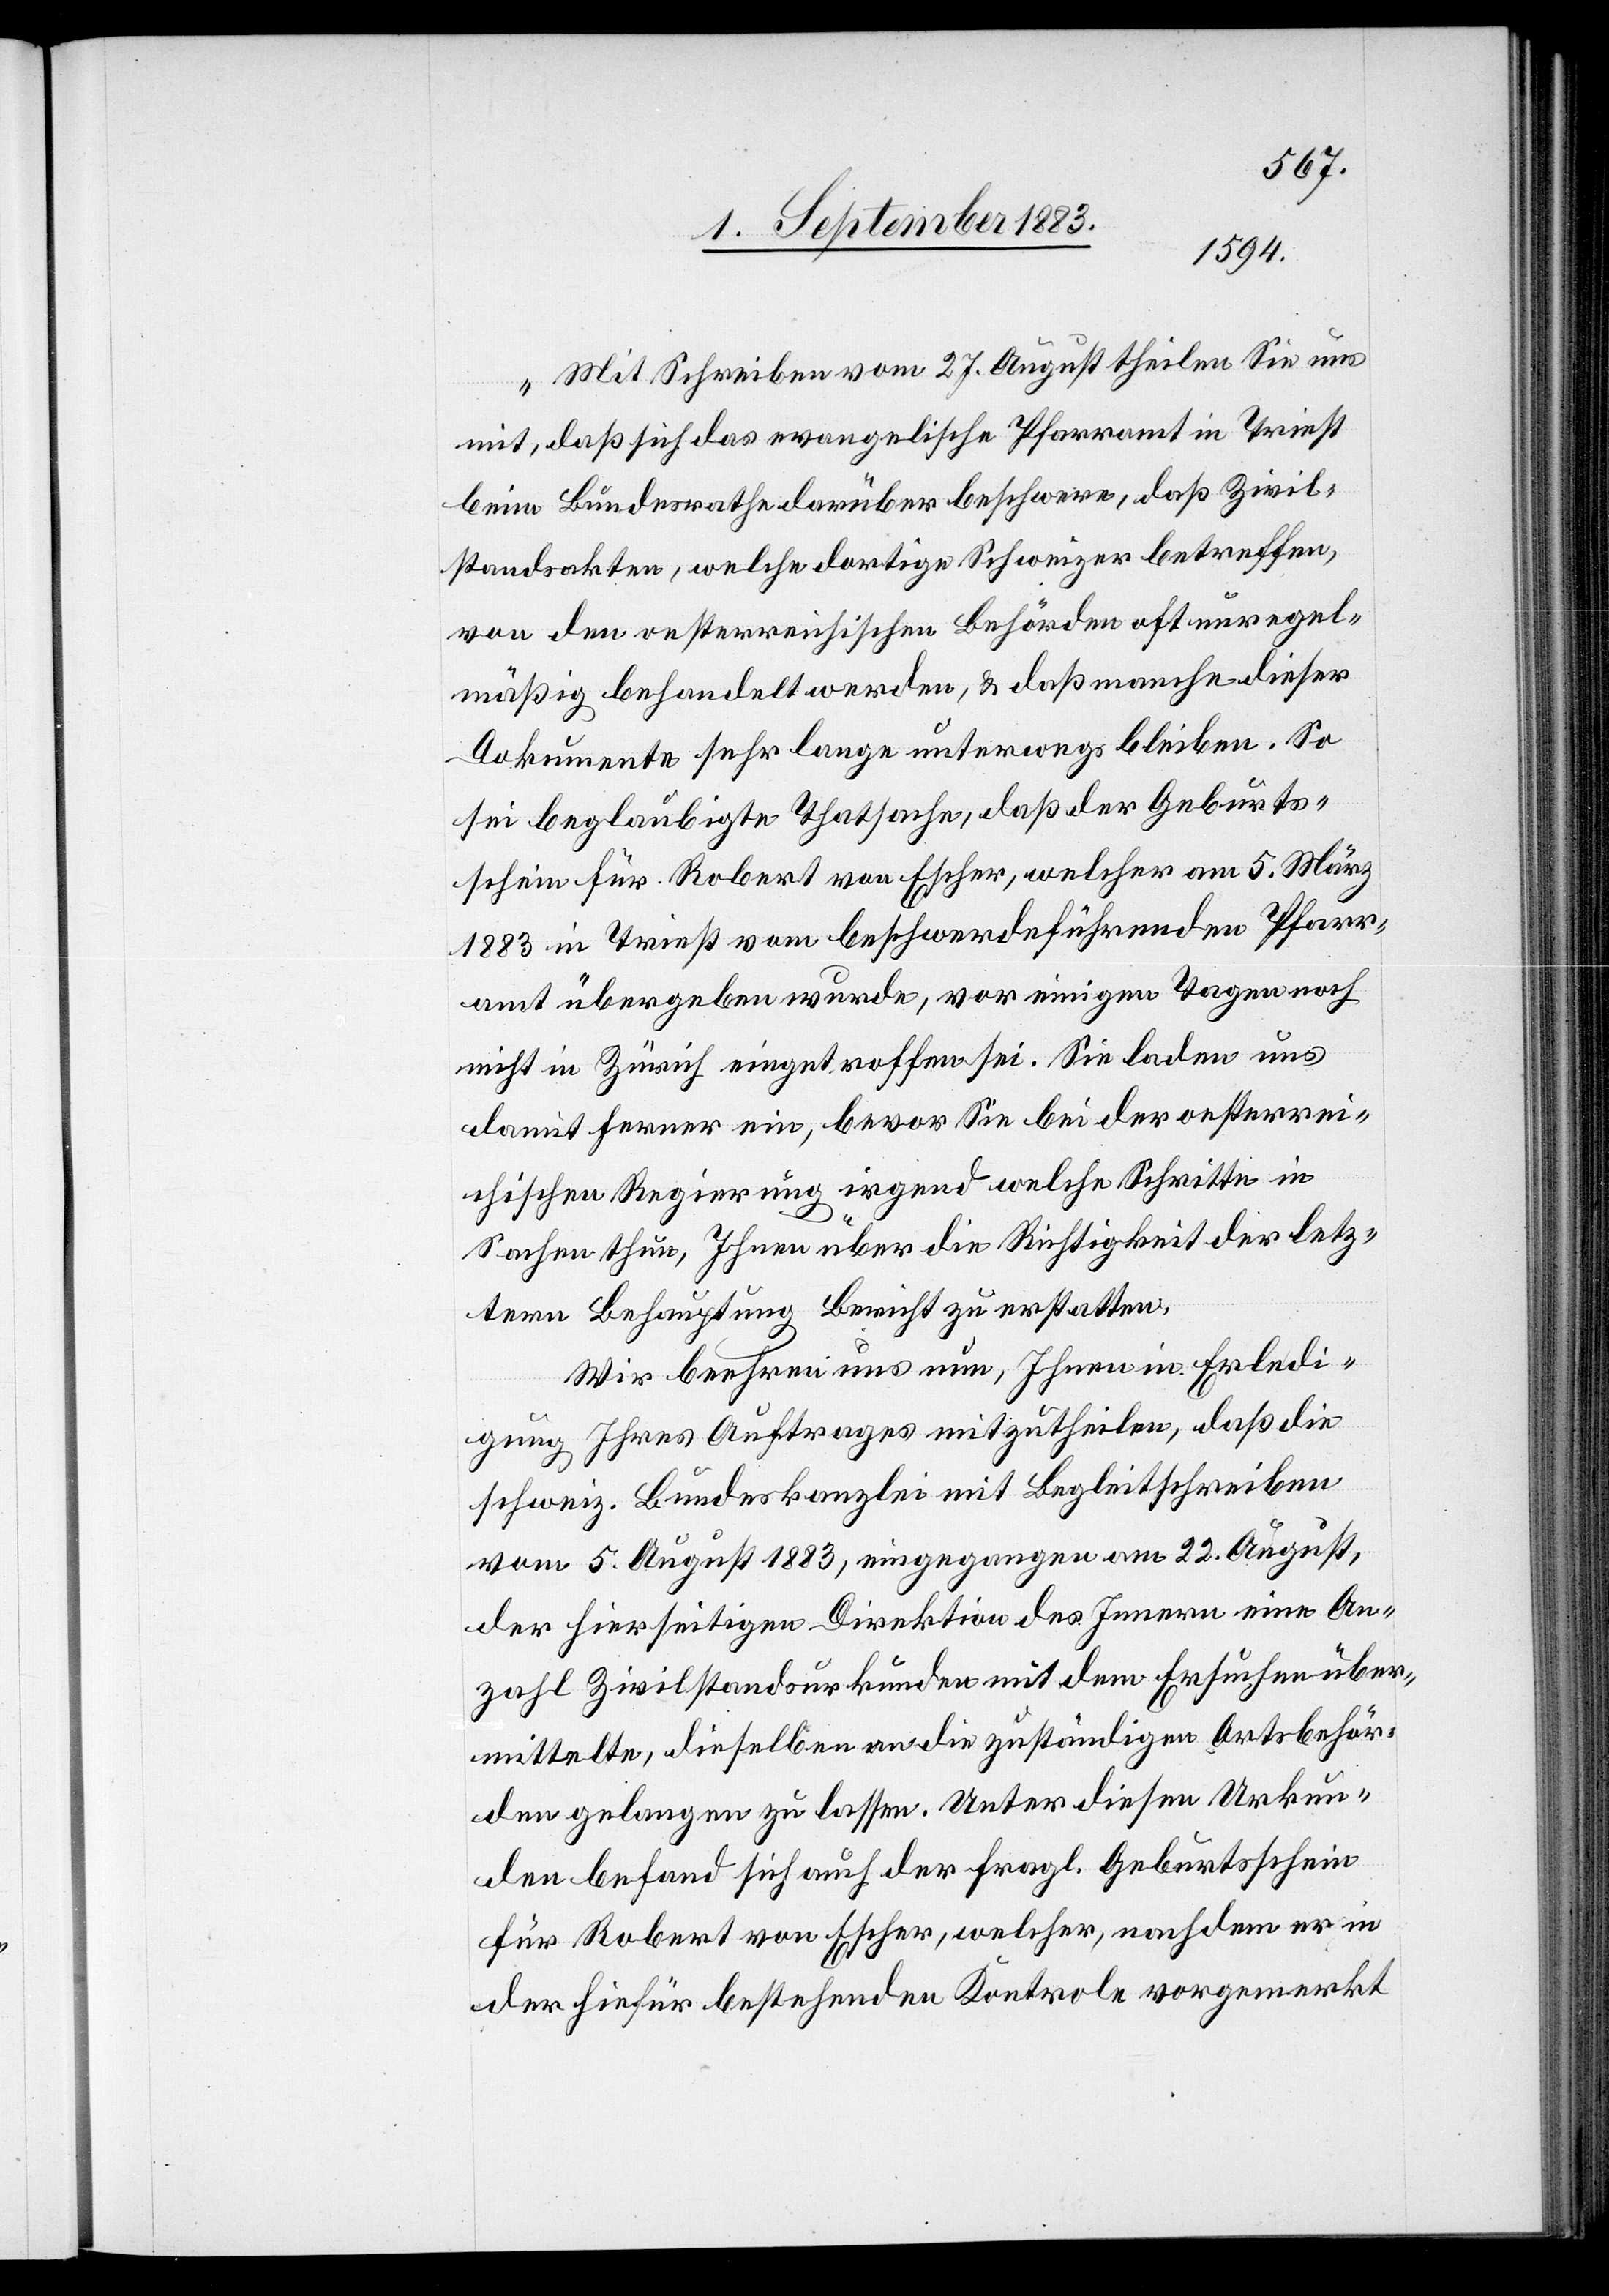
„Mit Schreiben vom 27. August theilen Sie uns
mit, daß sich das evangelische Pfarramt in Triest
beim Bundesrathe darüber beschwere, daß Zivil¬
standsakten, welche dortige Schweizer betreffen,
von den oesterreichischen Behörden oft unregel¬
mäßig behandelt werden, & daß manche dieser
Dokumente sehr lange unterwegs bleiben. So
sei beglaubigte Thatsache, daß der Geburts¬
schein für Robert von Escher, welcher am 5. März
1883 in Triest vom beschwerdeführenden Pfarr¬
amt übergeben wurde, vor einigen Tagen noch
nicht in Zürich eingetroffen sei. Sie laden uns
damit ferner ein, bevor Sie bei der oesterrei¬
chischen Regierung irgend welche Schritte in
Sachen thun, Ihnen über die Richtigkeit der letz¬
tern Behauptung Bericht zu erstatten.
Wir beehren uns nun, Ihnen in Erledi¬
gung Ihres Auftrages mitzutheilen, daß die
schweiz. Bundeskanzlei mit Begleitschreiben
vom 5. August 1883, eingegangen am 22. August,
der hierseitigen Direktion des Innern eine An¬
zahl Zivilstandsurkunden mit dem Ersuchen über¬
mittelte, dieselben an die zuständigen Ortsbehör¬
den gelangen zu lassen. Unter diesen Urkun¬
den befand sich auf der fragl. Geburtsschein
für Robert von Escher, welcher, nachdem er in
der hiefür bestehenden Kontrole vorgemerkt